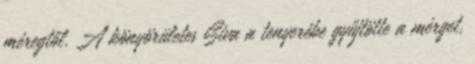
méregtől. A könyörületes Siva a tenyerébe gyűjtötte a mérget,